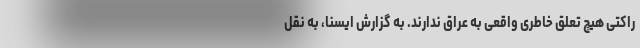
راکتی هیچ تعلق‌ خاطری واقعی به عراق ندارند. به گزارش ایسنا، به نقل